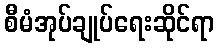
စီမံအုပ်ချုပ်ရေးဆိုင်ရာ